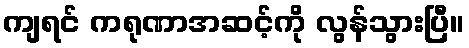
ကျရင် ကရုဏာအဆင့်ကို လွန်သွားပြီ။